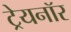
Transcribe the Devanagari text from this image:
ट्रेयनॉर